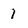
Character: 1